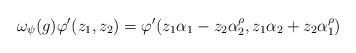
LaTeX: \begin{align*} \omega_\psi(g) \varphi'(z_1, z_2) = \varphi'(z_1 \alpha_1 - z_2 \alpha_2^\rho, z_1 \alpha_2 + z_2 \alpha_1^\rho)\end{align*}